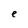
Character: e